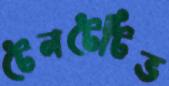
টেনটেটিভ